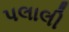
પલાલી